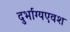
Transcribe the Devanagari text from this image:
दुर्भाग्यएवश